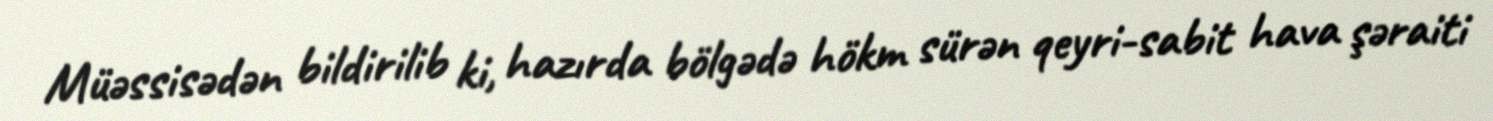
Müəssisədən bildirilib ki, hazırda bölgədə hökm sürən qeyri-sabit hava şəraiti